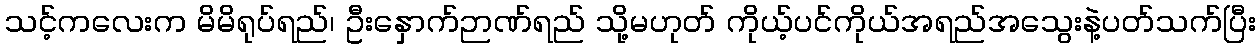
သင့်ကလေးက မိမိရုပ်ရည်၊ ဦးနှောက်ဉာဏ်ရည် သို့မဟုတ် ကိုယ့်ပင်ကိုယ်အရည်အသွေးနဲ့ပတ်သက်ပြီး